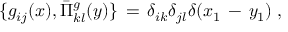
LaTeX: \{ g _ { i j } ( x ) , \bar { \Pi } _ { k l } ^ { g } ( y ) \} \, = \, \delta _ { i k } \delta _ { j l } \delta ( x _ { 1 } \, - \, y _ { 1 } ) \; ,